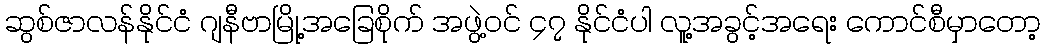
ဆွစ်ဇာလန်နိုင်ငံ ဂျနီဗာမြို့အခြေစိုက် အဖွဲ့ဝင် ၄၇ နိုင်ငံပါ လူ့အခွင့်အရေး ကောင်စီမှာတော့